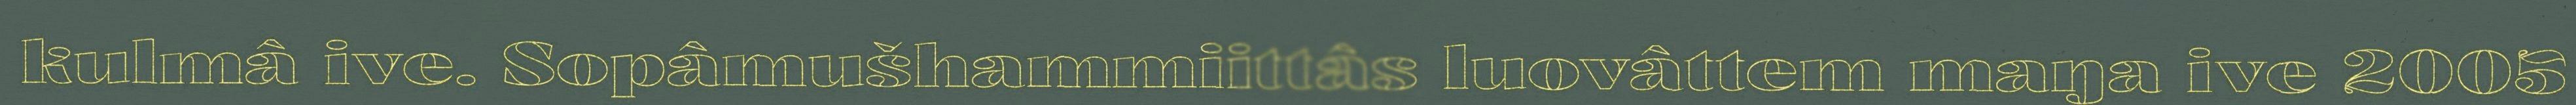
kulmâ ive. Sopâmušhammiittâs luovâttem maŋa ive 2005